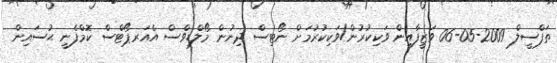
ތަފްސީލް 2009-05-06 ވަޒީފާއިން ވަކިކުރުން/ވަކިކުރުމަށް ނޯޓިސް ދިނުން މޯލްޑިވްސް އެއަރޕޯޓްސް ކޮމްފެނީ ޙުސައިން